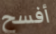
أفسح